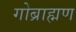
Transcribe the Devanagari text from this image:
गोब्राह्मण